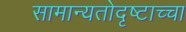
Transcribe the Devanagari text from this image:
सामान्यतोदृष्टाच्चा